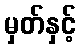
မှတ်နှင့်